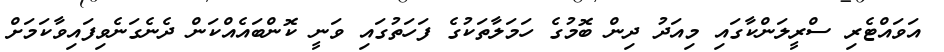
އަވައްޓެރި ސްރީލަންކާގައި މިއަދު ދިން ބޮމުގެ ހަމަލާތަކުގެ ފަހަތުގައި ވަނީ ކޮންބައެއްކަން ދެނެގަނެވިފައިވާކަމަށް